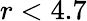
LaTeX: r<4.7